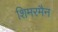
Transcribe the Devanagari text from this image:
शिमरमैन